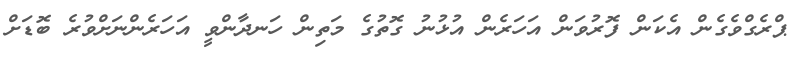
ޕްރެގްވެގެން އެކަން ފޮރުވަން އަހަރެން އުޅުނު ގޮތުގެ މަތިން ހަނދާންވީ އަހަރެންނަށްވުރެ ބޮޑަށް